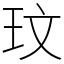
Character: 玟